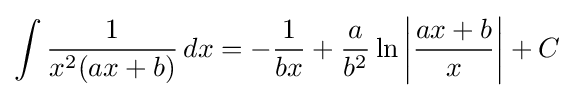
\int {\frac {1}{x^{2}(ax+b)}}\,dx=-{\frac {1}{bx}}+{\frac {a}{b^{2}}}\ln \left|{\frac {ax+b}{x}}\right|+C